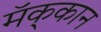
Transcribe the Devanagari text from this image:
मॅक्‌कान